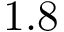
1 . 8